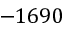
- 1 6 9 0